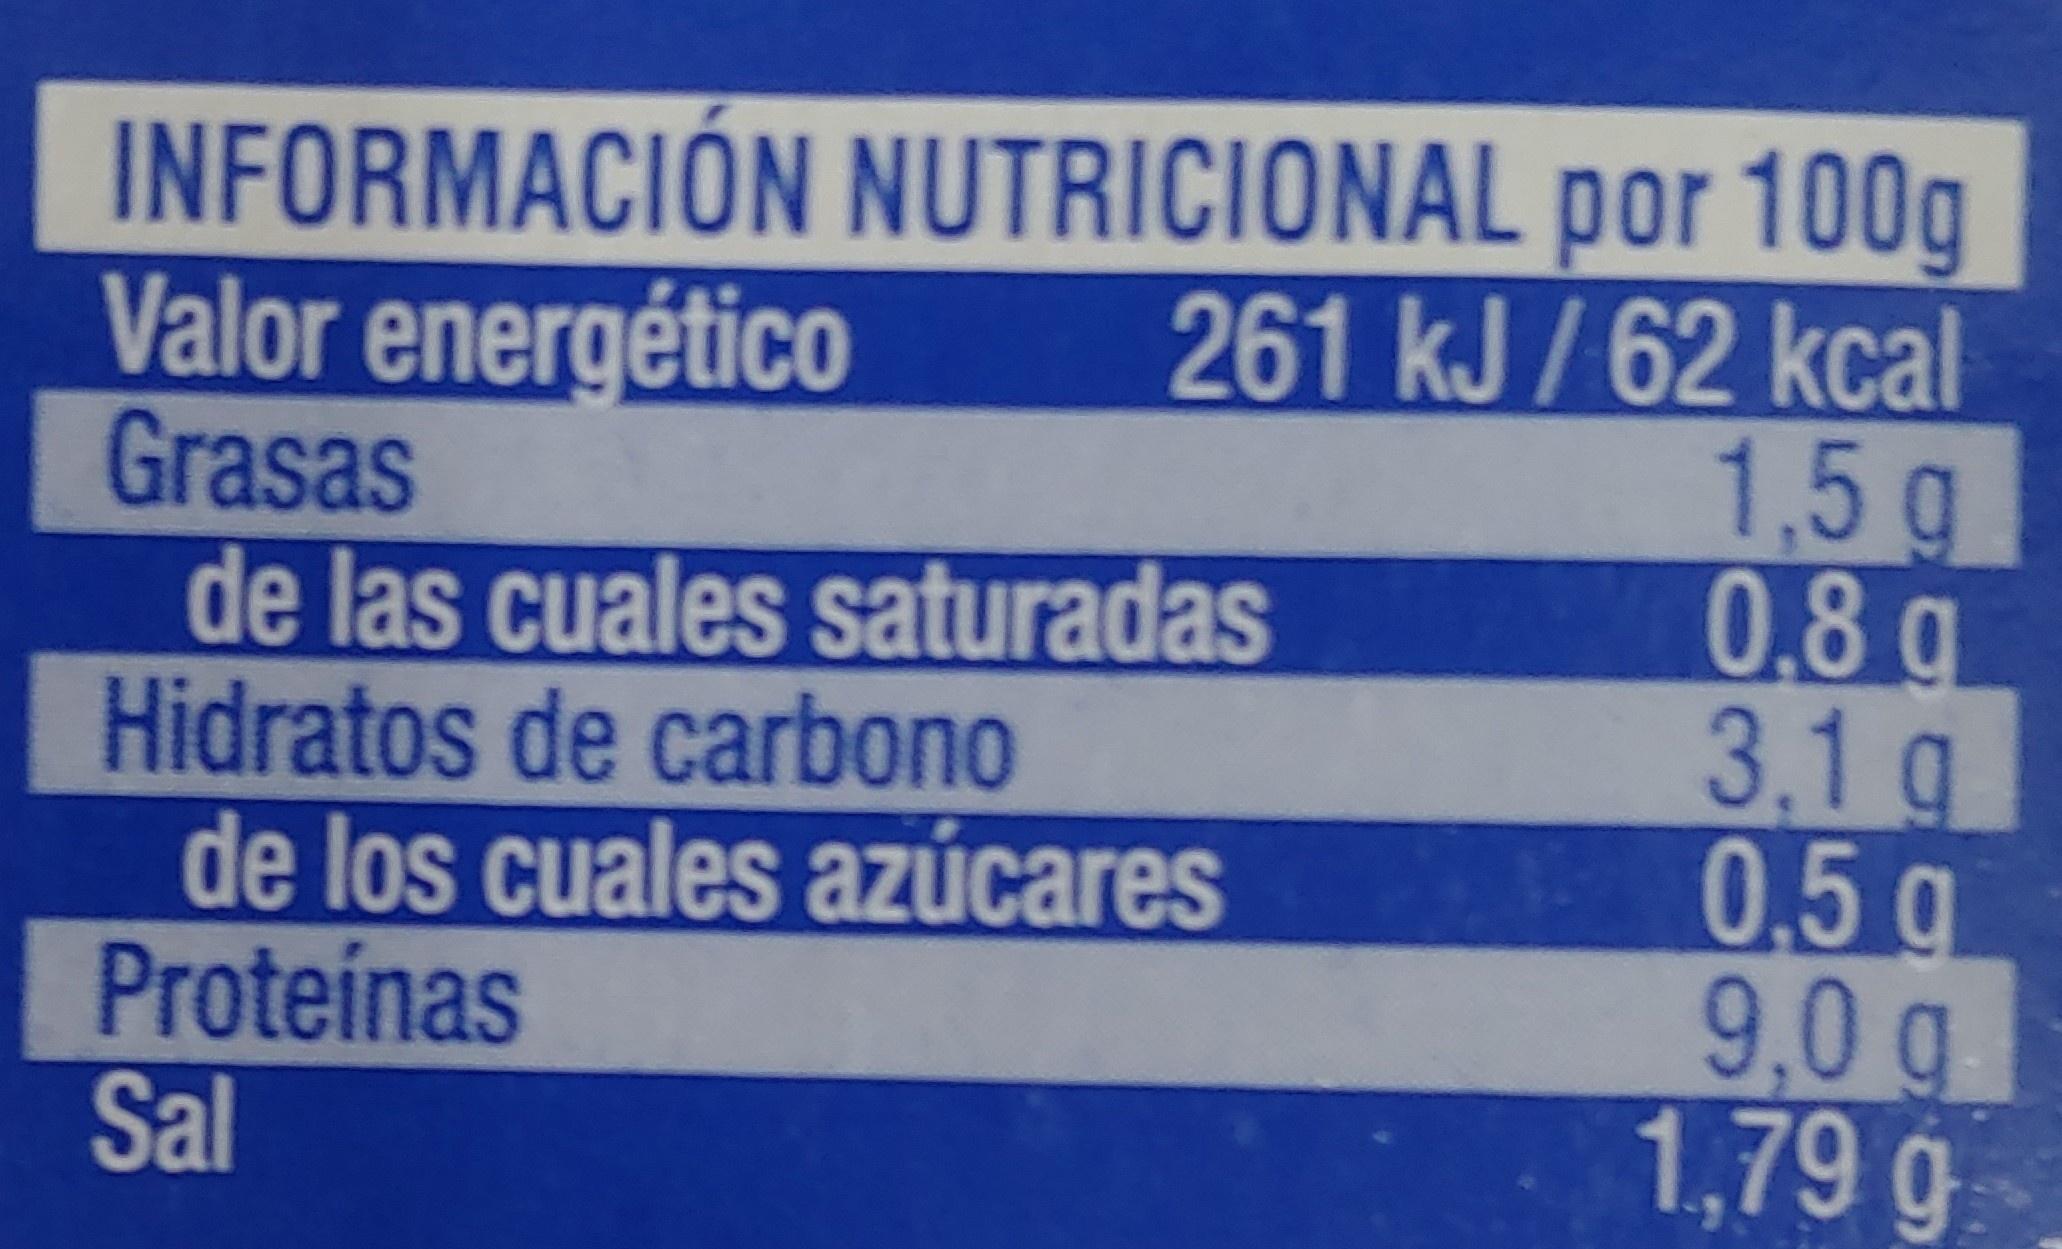
INFORMACIÓN Valor energético
Grasas
por 100g
261 kJ / 62 kcal 1.5 g
0.8 q
3.1 g
0.5 q
NUTRICIONAL
de las cuales
Hidratos de carbono
de los cuales azúcares
Proteínas
Sal
saturadas
9,0 g
1,79 g